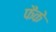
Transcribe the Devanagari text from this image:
फैके